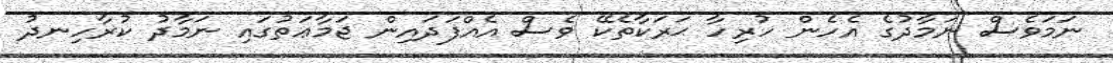
ނަމަވެސް ނަމާދުގެ އެހެން ހުރިހާ ޙަރަކާތެކޭ ވެސް އެއްފަދައިން ޖަމާޢަތުގައި ނަމާދު ކުރާހިނދު